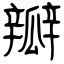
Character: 瓣